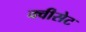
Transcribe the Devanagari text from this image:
क्वीसेट